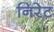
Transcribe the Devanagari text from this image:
निरेट